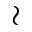
\wr